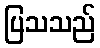
ပြသသည်